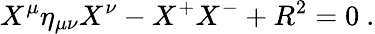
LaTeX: X^{\mu}\eta_{\mu\nu}X^{\nu}-X^{+}X^{-}+R^{2}=0\ .